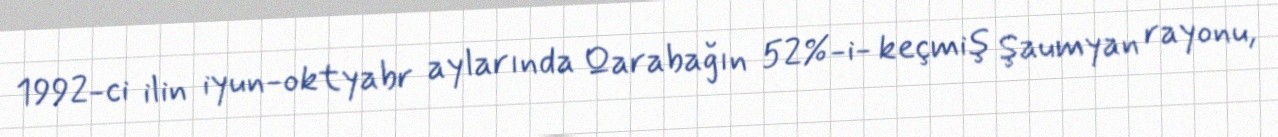
1992-ci ilin iyun-oktyabr aylarında Qarabağın 52%-i- keçmiş Şaumyan rayonu,